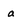
Character: a